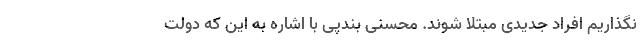
نگذاریم افراد جدیدی مبتلا شوند. محسنی بندپی با اشاره به این که دولت